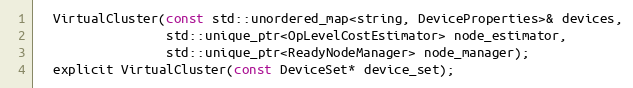
Language: C
  VirtualCluster(const std::unordered_map<string, DeviceProperties>& devices,
                 std::unique_ptr<OpLevelCostEstimator> node_estimator,
                 std::unique_ptr<ReadyNodeManager> node_manager);
  explicit VirtualCluster(const DeviceSet* device_set);